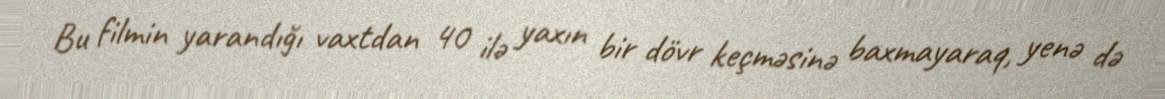
Bu filmin yarandığı vaxtdan 40 ilə yaxın bir dövr keçməsinə baxmayaraq, yenə də